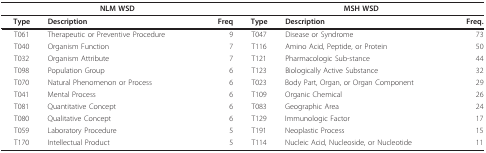
<table><thead><tr><td colspan="3"><b>NLM WSD</b></td><td colspan="3"><b>MSH WSD</b></td></tr></thead><tbody><tr><td><b>Type</b></td><td><b>Description</b></td><td><b>Freq</b></td><td><b>Type</b></td><td><b>Description</b></td><td><b>Freq</b>.</td></tr><tr><td>T061</td><td>Therapeutic or Preventive Procedure</td><td>9</td><td>T047</td><td>Disease or Syndrome</td><td>73</td></tr><tr><td>T040</td><td>Organism Function</td><td>7</td><td>T116</td><td>Amino Acid, Peptide, or Protein</td><td>50</td></tr><tr><td>T032</td><td>Organism Attribute</td><td>7</td><td>T121</td><td>Pharmacologic Sub-stance</td><td>44</td></tr><tr><td>T098</td><td>Population Group</td><td>6</td><td>T123</td><td>Biologically Active Substance</td><td>32</td></tr><tr><td>T070</td><td>Natural Phenomenon or Process</td><td>6</td><td>T023</td><td>Body Part, Organ, or Organ Component</td><td>29</td></tr><tr><td>T041</td><td>Mental Process</td><td>6</td><td>T109</td><td>Organic Chemical</td><td>26</td></tr><tr><td>T081</td><td>Quantitative Concept</td><td>6</td><td>T083</td><td>Geographic Area</td><td>24</td></tr><tr><td>T080</td><td>Qualitative Concept</td><td>6</td><td>T129</td><td>Immunologic Factor</td><td>17</td></tr><tr><td>T059</td><td>Laboratory Procedure</td><td>5</td><td>T191</td><td>Neoplastic Process</td><td>15</td></tr><tr><td>T170</td><td>Intellectual Product</td><td>5</td><td>T114</td><td>Nucleic Acid, Nucleoside, or Nucleotide</td><td>11</td></tr></tbody></table>